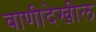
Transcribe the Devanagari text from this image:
वाणीदेखील